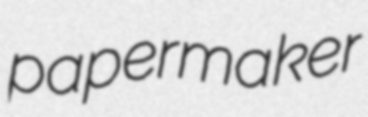
papermaker